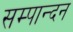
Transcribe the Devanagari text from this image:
सम्पान्दन